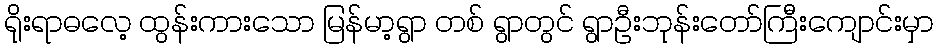
ရိုးရာဓလေ့ ထွန်းကားသော မြန်မာ့ရွာ တစ် ရွာတွင် ရွာဦးဘုန်းတော်ကြီးကျောင်းမှာ